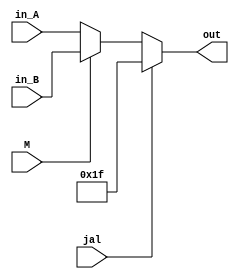
//5
//inputM(01)
//       jal(jal)
//       in_A(0)
//       in_B(1)
//output:out()

module MUX5(
    input M,
    input jal,
    input [4:0] in_A,
    input [4:0] in_B,
    output [4:0] out
);

    assign out=jal?5'b11111:(M?in_B:in_A);
endmodule